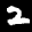
Label: 2